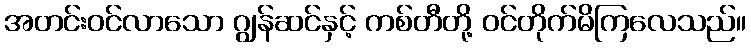
အတင်းဝင်လာသော ဂျွန်ဆင်နှင့် ကစ်တီတို့ ဝင်တိုက်မိကြလေသည်။